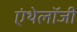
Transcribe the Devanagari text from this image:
एंथेलॉजी